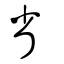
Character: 省